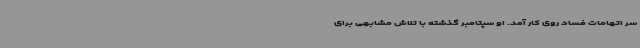
سر اتهامات فساد روی کار آمد. او سپتامبر گذشته با تلاش مشابهی برای